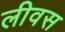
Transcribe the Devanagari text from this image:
लीवस